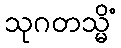
သုဂတသ္မိံ